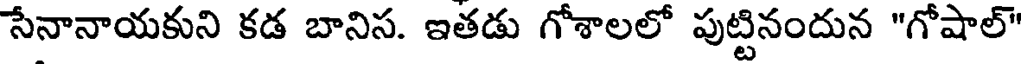
సేనానాయకుని కడ బానిస. ఇతడు గోశాలలో పుట్టినందున "గోషాల్"